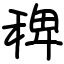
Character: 稗